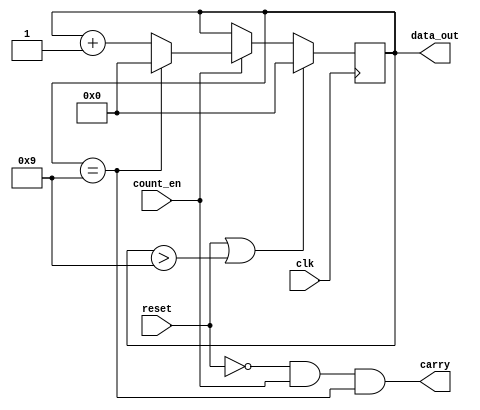
// A 4 bit BCD counter with synchronous clock and carry out. 
// It Counts up on positive edge of clk, when count_en is high.

module bcd_counter (
    input clk,
    input reset,
    input count_en,
    output reg [3:0] data_out,
    output carry
);

  // Behavior.
  always @(posedge clk) begin
    if (reset || data_out > 9) begin
      // Case 1: Reset or invalid state.;
      data_out <= 0;
    end else if (count_en) begin
      // Case 1: Increment, with optional overflow from 9 to 0.
      data_out <= (data_out == 9) ? 0 : data_out + 1;
    end
  end

  assign carry = !reset && count_en && (data_out == 9);

endmodule